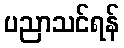
ပညာသင်ရန်